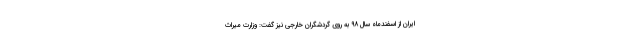
ایران از اسفندماه سال ۹۸ به روی گردشگران خارجی نیز گفت: وزارت میراث